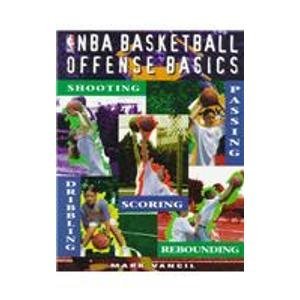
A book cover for NBA Basketball Offense Basics; Mark Vancil; Teen & Young Adult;